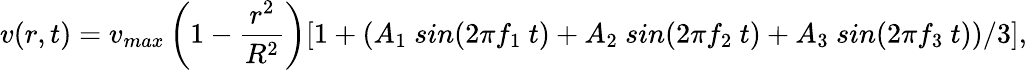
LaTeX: v(r,t)=v_{max}\left(1-\frac{r^{2}}{R^{2}}\right)[1+\left(A_{1}\ sin(2\pi f_{1}\ t)+A_{2}\ sin(2\pi f_{2}\ t)+A_{3}\ sin(2\pi f_{3}\ t)\right)/3],